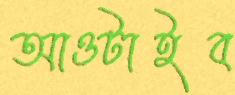
আওটাইব